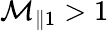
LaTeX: \mathcal{M}_{\parallel 1}>1